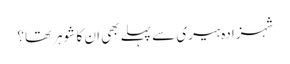
شہزادہ ہیری سے پہلے بھی ان کا شوہر تھا؟